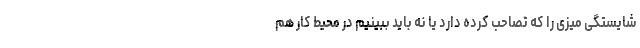
شایستگی میزی را که تصاحب کرده دارد یا نه باید ببینیم در محیط کار هم